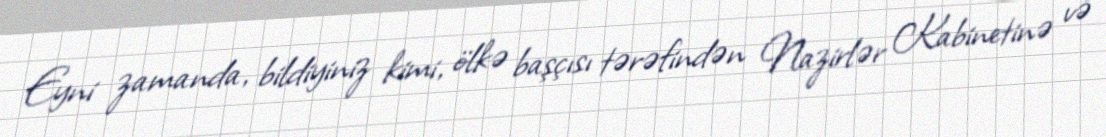
Eyni zamanda, bildiyiniz kimi, ölkə başçısı tərəfindən Nazirlər Kabinetinə və